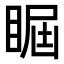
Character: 𥇵